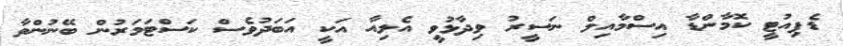
ޑެޕިއުޓީ ކޮމާންޑާ އިސްމާއިލް ނަސީރު ވިދާޅުވީ އެލިއާ އަކީ އަބަދުވެސް ކަސްޓަމަރުން ބޭނުންވާ